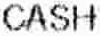
CASH